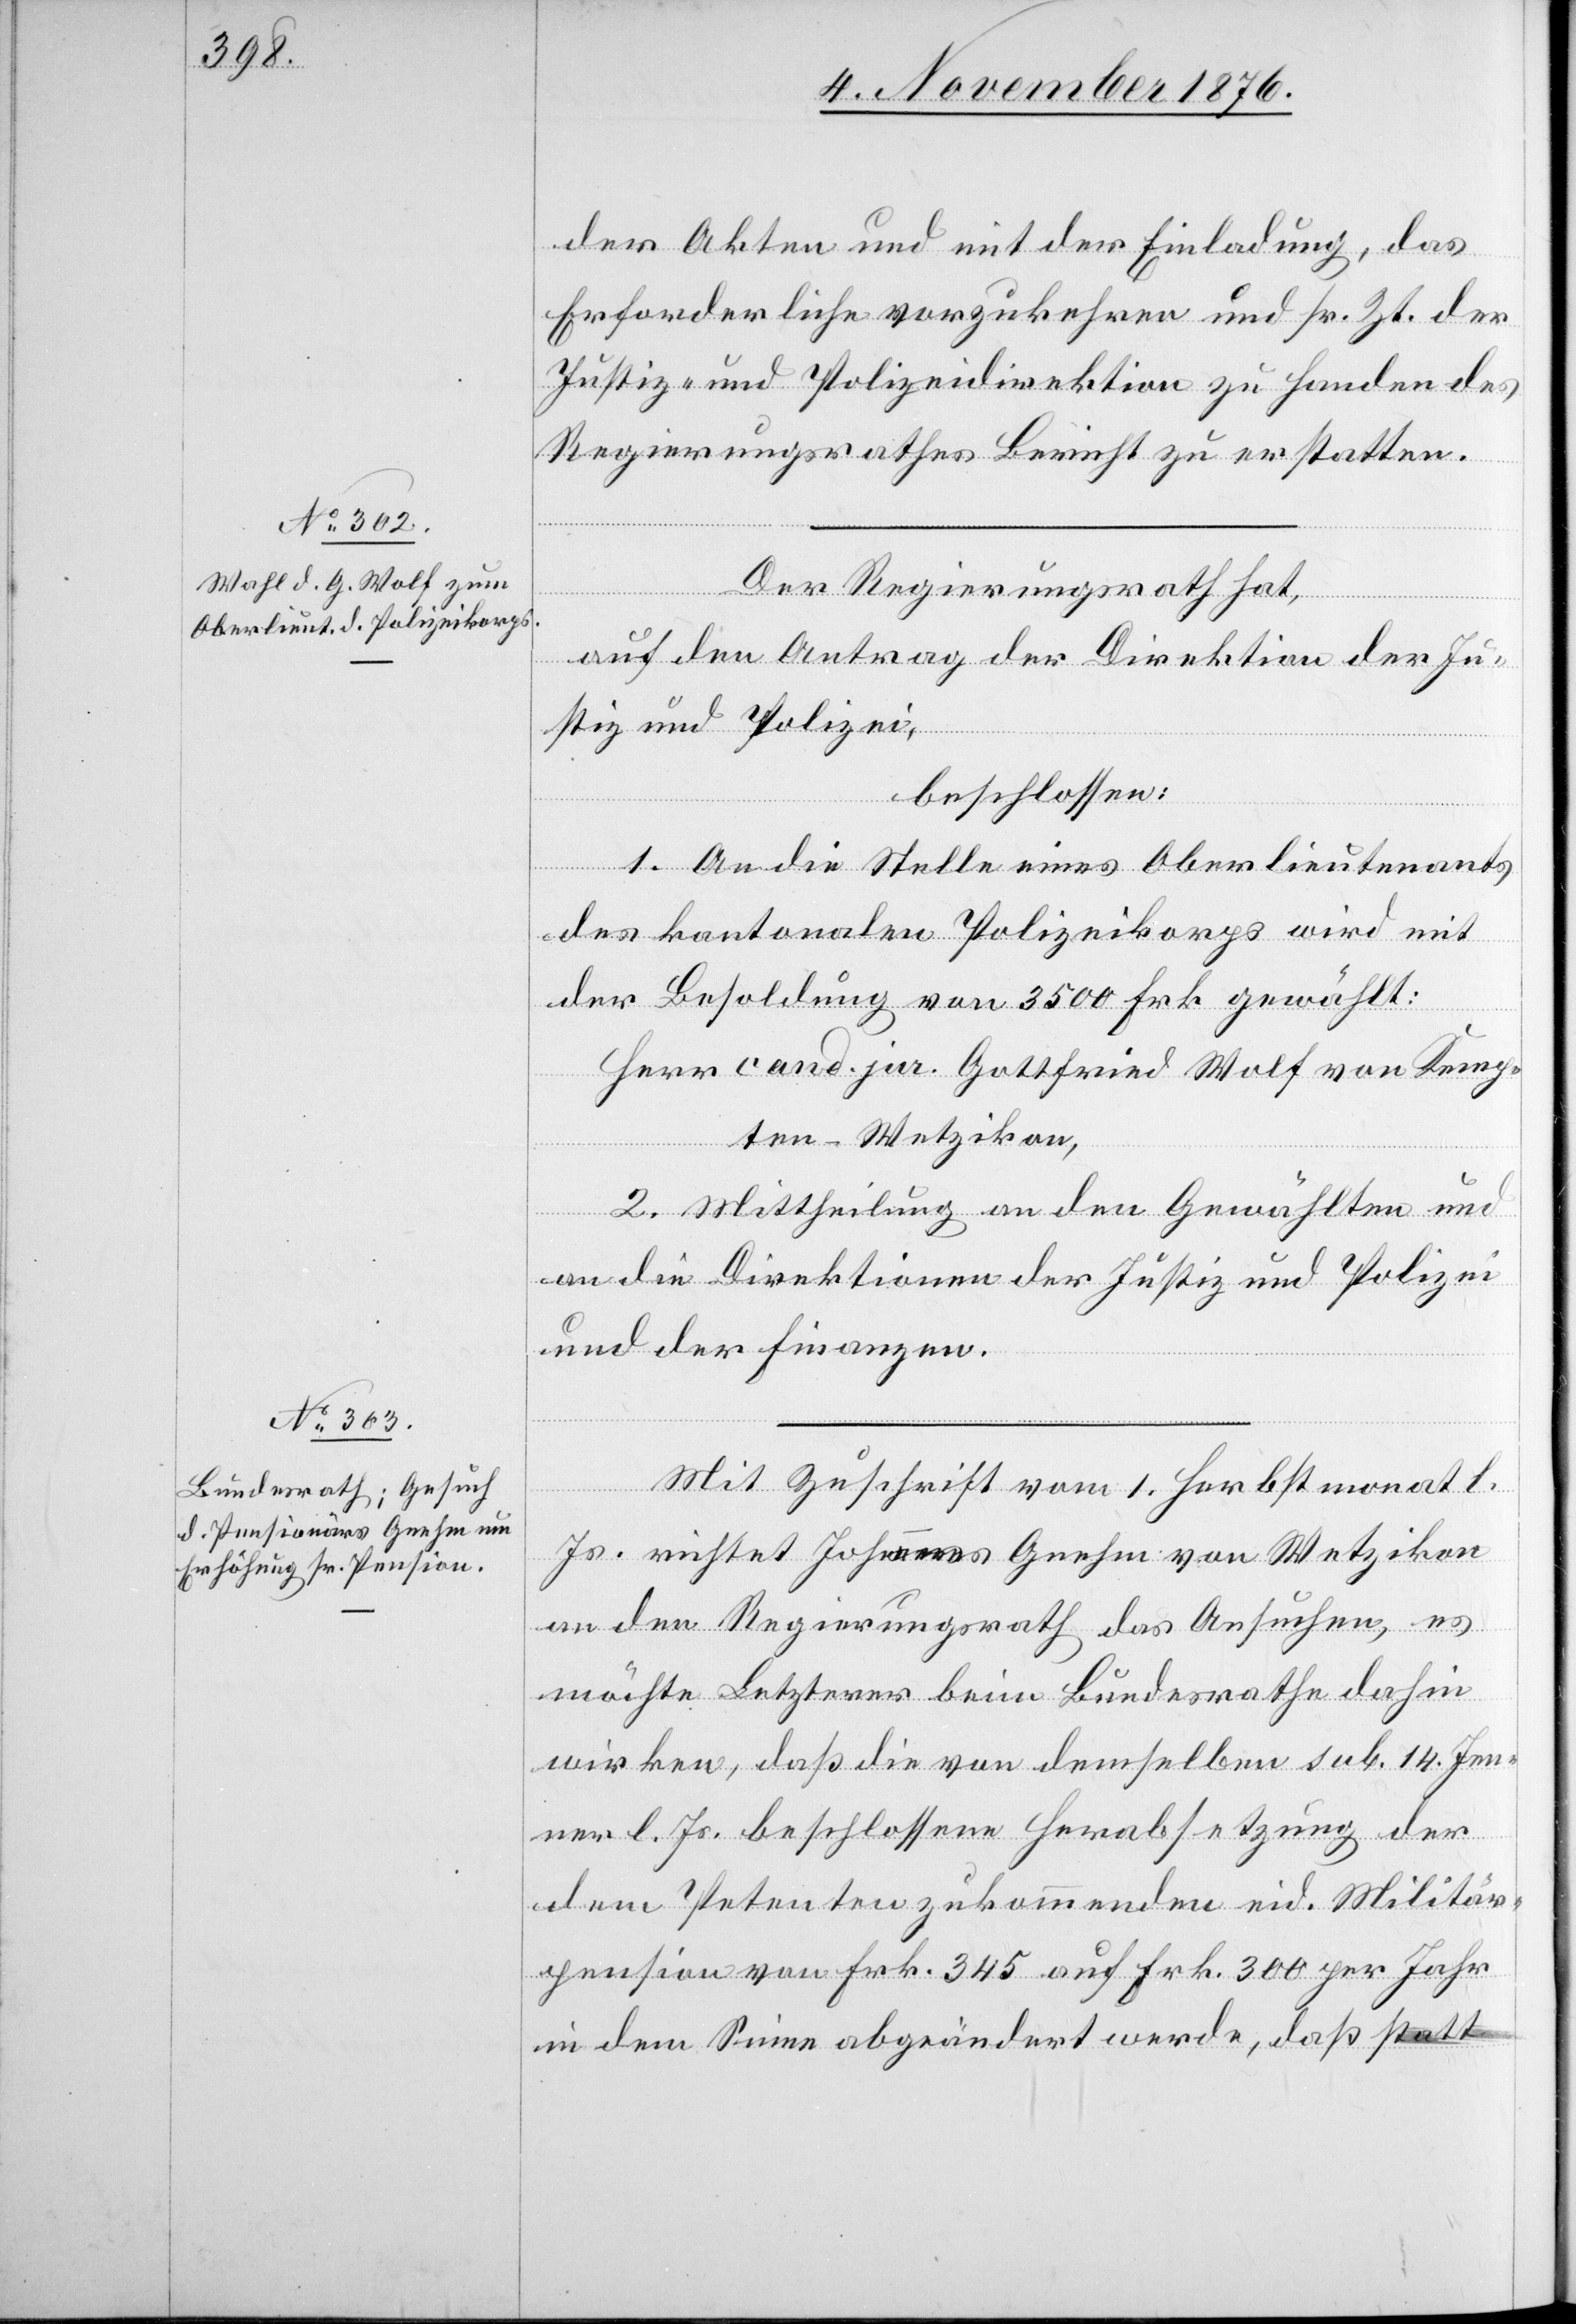
der Akten und mit der Einladung, das
Erforderliche vorzukehren und sr. Zt. der
Justiz- und Polizeidirektion zu Handen des
Regierungsrathes Bericht zu erstatten.
Der Regierungsrath hat,
auf den Antrag der Direktion der Ju¬
stiz und Polizei,
beschlossen:
1. An die Stelle eines Oberlieutenants
des kantonalen Polizeikorps wird mit
der Besoldung von 3500 Frk. gewählt:
Herr cand. jur. Gottfried Wolf von Kemp¬
ten - Wetzikon.
2. Mittheilung an den Gewählten und
an die Direktionen der Justiz und Polizei
und der Finanzen.
Mit Zuschrift vom 1. Herbstmonat l.
Js. richtet Johannes Gnehm von Wetzikon
an den Regierungsrath das Ansuchen, es
möchte Letzterer beim Bundesrathe dahin
wirken, daß die von demselben sub. 14. Jen¬
ner l. Js. beschlossene Herabsetzung der
dem Petenten zukommenden eid. Militär¬
pension von Frk. 345 auf Frk. 300 per Jahr
in dem Sinne abgeändert werde, daß statt